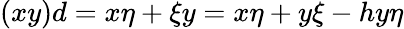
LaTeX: (xy)d=x\eta+\xi y=x\eta+y\xi-hy\eta